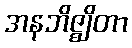
အနဘိဇ္ဈိတာ